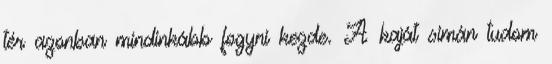
tér azonban mindinkább fogyni kezde. A kaját simán tudom